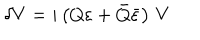
LaTeX: \delta V = i \left( Q \varepsilon + \bar { Q } \bar { \varepsilon } \right) \, V